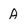
Character: A